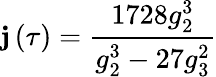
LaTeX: \mathbf{j}\left(\tau\right)={\frac{{1728g_{2}^{3}}}{{g_{2}^{3}-27g_{3}^{2}}}}